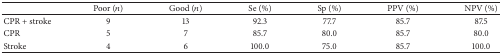
<table><thead><tr><td><b> </b></td><td><b>Poor (<i>n</i>)</b></td><td><b>Good (<i>n</i>)</b></td><td><b>Se (%)</b></td><td><b>Sp (%)</b></td><td><b>PPV (%)</b></td><td><b>NPV (%) </b></td></tr></thead><tbody><tr><td>CPR + stroke</td><td>9</td><td>13</td><td>92.3</td><td>77.7</td><td>85.7</td><td>87.5</td></tr><tr><td>CPR</td><td>5</td><td>7</td><td>85.7</td><td>80.0</td><td>85.7</td><td>80.0</td></tr><tr><td>Stroke</td><td>4</td><td>6</td><td>100.0</td><td>75.0</td><td>85.7</td><td>100.0</td></tr></tbody></table>